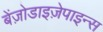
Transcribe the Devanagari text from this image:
बेंज़ोडाइज़ेपाइन्स